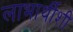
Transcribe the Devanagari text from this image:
लाभार्थीशी